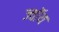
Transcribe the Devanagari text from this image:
ज्वॉय